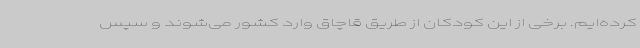
کرده‌ایم. برخی از این کودکان از طریق قاچاق وارد کشور می‌شوند و سپس